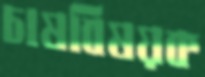
চাষবিষয়ক